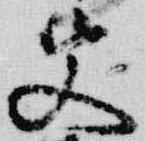
父